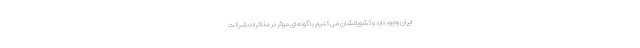
ایران وجود دارد و تشویقشان می کنیم با گونه ای موثر در مذاکرات شرکت